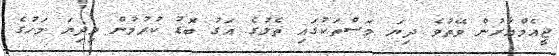
ޖީއެމްއާރުން ވޭތުވެ ދިޔަ މަސްތަކުގައި ތެލުގެ އަގު ބޮޑު ކުރުމުން މިދިޔަ މަހުގެ